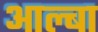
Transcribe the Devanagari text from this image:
आल्बा